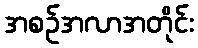
အစဉ်အလာအတိုင်း